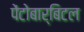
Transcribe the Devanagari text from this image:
पेंटोबार्बिटल